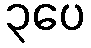
၃ပေ